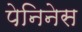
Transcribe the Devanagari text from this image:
पेनिनेस